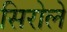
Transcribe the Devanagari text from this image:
सिरोले